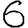
Digit: 6